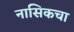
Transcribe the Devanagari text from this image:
नासिकचा